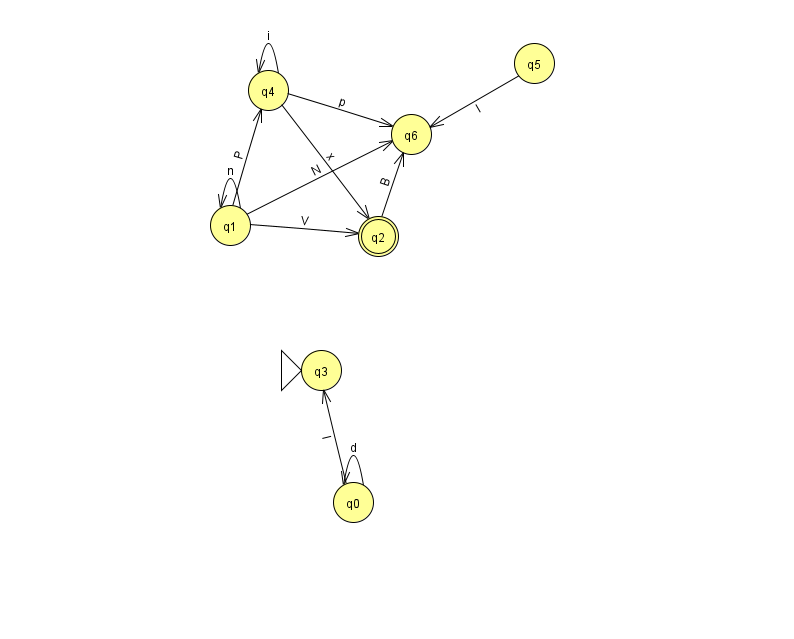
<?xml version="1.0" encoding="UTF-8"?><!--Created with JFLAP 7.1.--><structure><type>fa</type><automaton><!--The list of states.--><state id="0" name="q0"><x>353.0</x><y>489.0</y></state><state id="1" name="q1"><x>230.0</x><y>212.0</y></state><state id="2" name="q2"><x>378.0</x><y>223.0</y><final/></state><state id="3" name="q3"><x>321.0</x><y>357.0</y><initial/></state><state id="4" name="q4"><x>268.0</x><y>77.0</y></state><state id="5" name="q5"><x>534.0</x><y>50.0</y></state><state id="6" name="q6"><x>411.0</x><y>121.0</y></state><!--The list of transitions.--><transition><from>1</from><to>2</to><read>V</read></transition><transition><from>0</from><to>0</to><read>d</read></transition><transition><from>2</from><to>6</to><read>B</read></transition><transition><from>4</from><to>2</to><read>x</read></transition><transition><from>4</from><to>4</to><read>i</read></transition><transition><from>1</from><to>4</to><read>P</read></transition><transition><from>5</from><to>6</to><read>l</read></transition><transition><from>4</from><to>6</to><read>p</read></transition><transition><from>0</from><to>3</to><read>l</read></transition><transition><from>1</from><to>1</to><read>n</read></transition><transition><from>1</from><to>6</to><read>N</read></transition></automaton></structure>